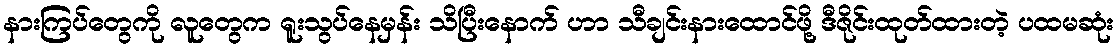
နားကြပ်တွေကို လူတွေက ရူးသွပ်နေမှန်း သိပြီးနောက် ဟာ သီချင်းနားထောင်ဖို့ ဒီဇိုင်းထုတ်ထားတဲ့ ပထမဆုံး